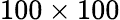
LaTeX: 100\times 100